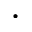
\cdot